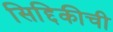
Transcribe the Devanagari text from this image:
सिद्दिकीची